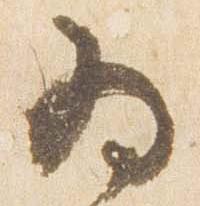
為